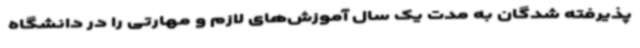
پذیرفته شدگان به مدت یک سال آموزش‌های لازم و مهارتی را در دانشگاه